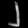
Digit: ၂